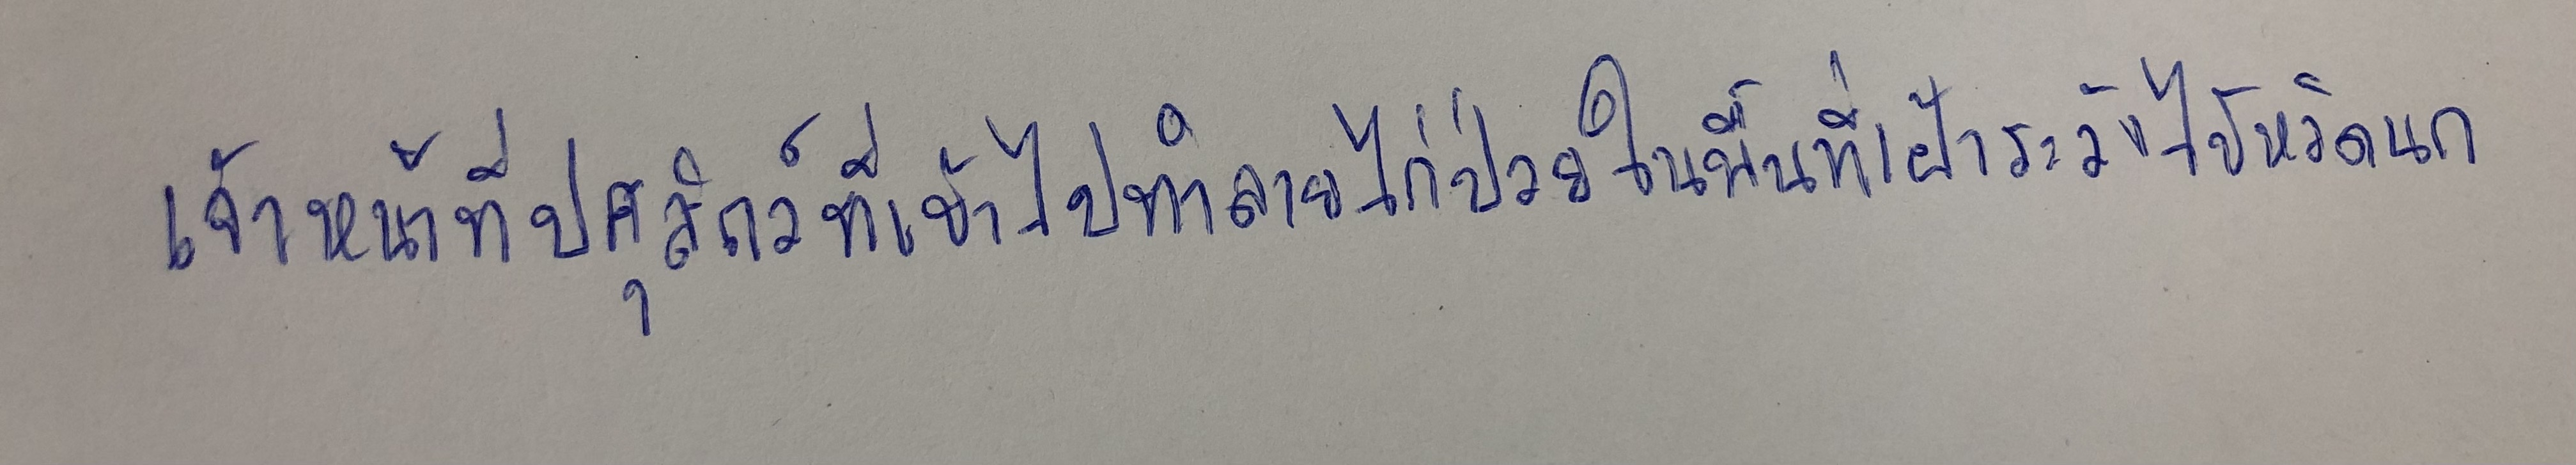
เจ้าหน้าที่ปศุสัตว์ที่เข้าไปทำลายไก่ป่วยในพื้นที่เฝ้าระวังไข้หวัดนก